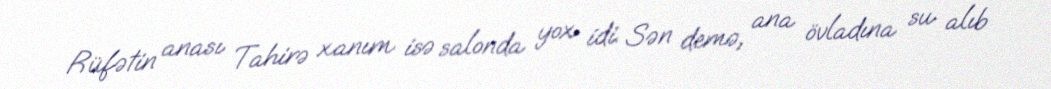
Rüfətin anası Tahirə xanım isə salonda yox idi. Sən demə, ana övladına su alıb